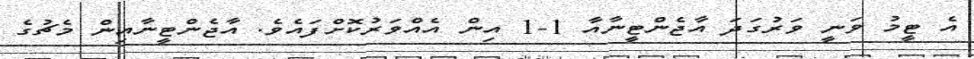
އެ ޓީމު ވަނީ ވަރުގަދަ އާޖެންޓީނާއާ 1-1 އިން އެއްވަރުކޮށްފައެވެ. އާޖެންޓީނާއިން މެޗުގެ